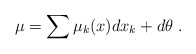
\begin{align*}\mu = \sum \mu_k(x) dx_k + d\theta \ .\end{align*}